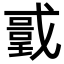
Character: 𭟻